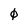
Character: 0